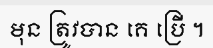
មុន ត្រូវបាន គេ ប្រើ ។